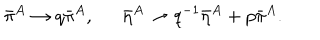
\bar { \pi } ^ { A } \rightarrow q \bar { \pi } ^ { A } , \hspace { 1 . 5 e m } \bar { \eta } ^ { A } \rightarrow q ^ { - 1 } \bar { \eta } ^ { A } + p \bar { \pi } ^ { A } .